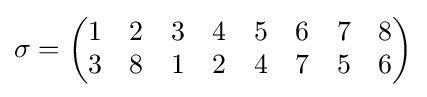
\sigma ={\begin{pmatrix}1&2&3&4&5&6&7&8\\3&8&1&2&4&7&5&6\end{pmatrix}}